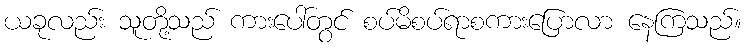
ယခုလည်း သူတို့သည် ကားပေါ်တွင် စပ်မိစပ်ရာစကားပြောလာ နေကြသည်။